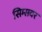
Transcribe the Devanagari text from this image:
सिम्सवर